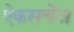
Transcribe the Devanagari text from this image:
ऐकसचेंज